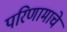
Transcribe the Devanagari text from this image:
परिणामाचे